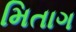
મિતાગ